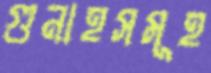
গুনাহসমূহ